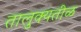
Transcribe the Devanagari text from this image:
तालुक्यतीळ